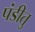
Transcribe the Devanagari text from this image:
पंडीतु